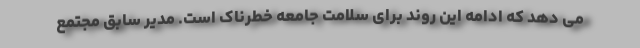
می دهد که ادامه این روند برای سلامت جامعه خطرناک است. مدیر سابق مجتمع